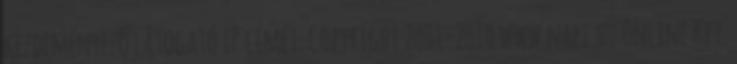
kezdeményező látogató IP címét. Copyright 2001-2010 www.napi.hu Online Kft.